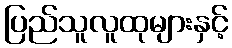
ပြည်သူလူထုများနှင့်